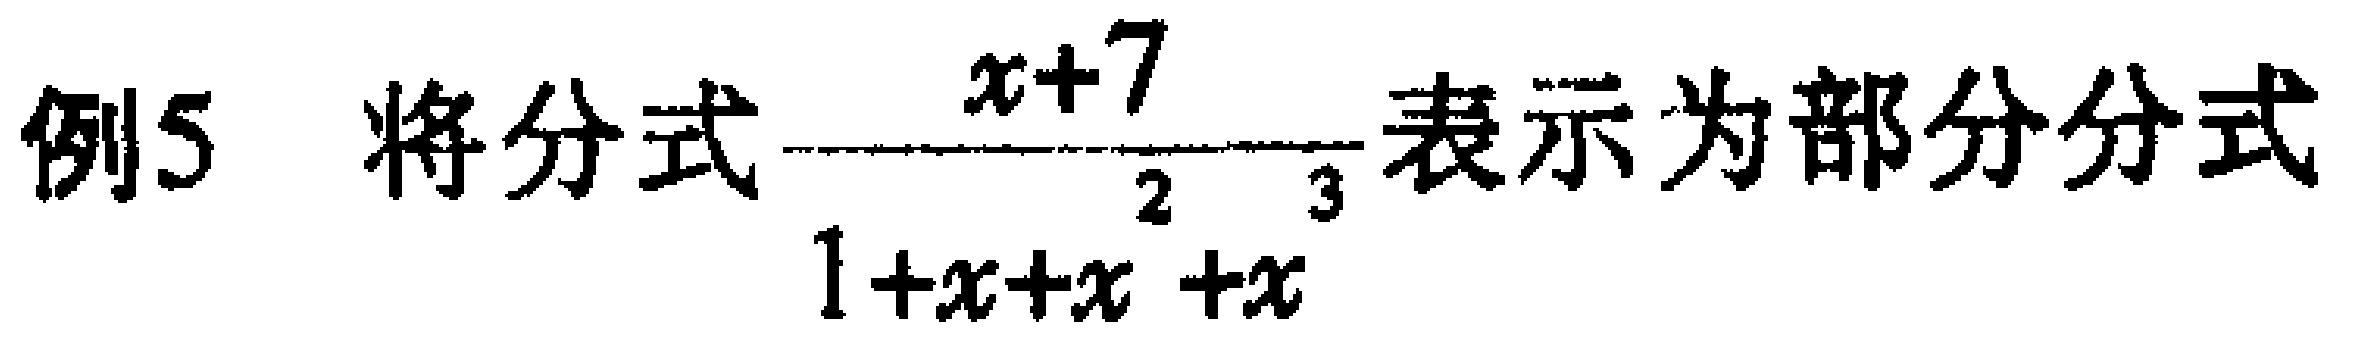
例5 将分式$\frac{x + 7}{1 + x + x^{2}+x^{3}}$表示为部分分式